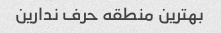
بهترین منطقه حرف ندارین